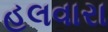
હલવારા